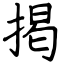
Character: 掲